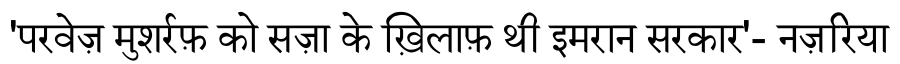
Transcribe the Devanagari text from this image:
'परवेज़ मुशर्रफ़ को सज़ा के ख़िलाफ़ थी इमरान सरकार'- नज़रिया